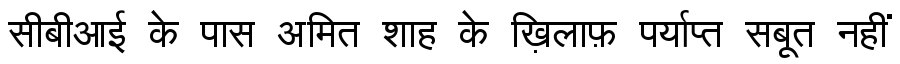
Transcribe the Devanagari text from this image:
सीबीआई के पास अमित शाह के ख़िलाफ़ पर्याप्त सबूत नहीं